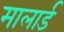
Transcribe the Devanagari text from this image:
मालार्ड